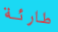
طارئة